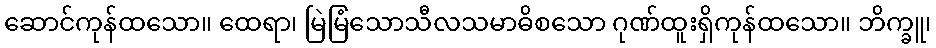
ဆောင်ကုန်ထသော။ ထေရာ၊ မြဲမြံသောသီလသမာဓိစသော ဂုဏ်ထူးရှိကုန်ထသော။ ဘိက္ခူ၊